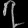
Digit: ၇